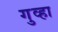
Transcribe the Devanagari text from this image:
गुव्हा